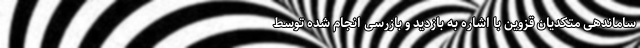
ساماندهی متکدیان قزوین با اشاره به بازدید و بازرسی انجام شده توسط